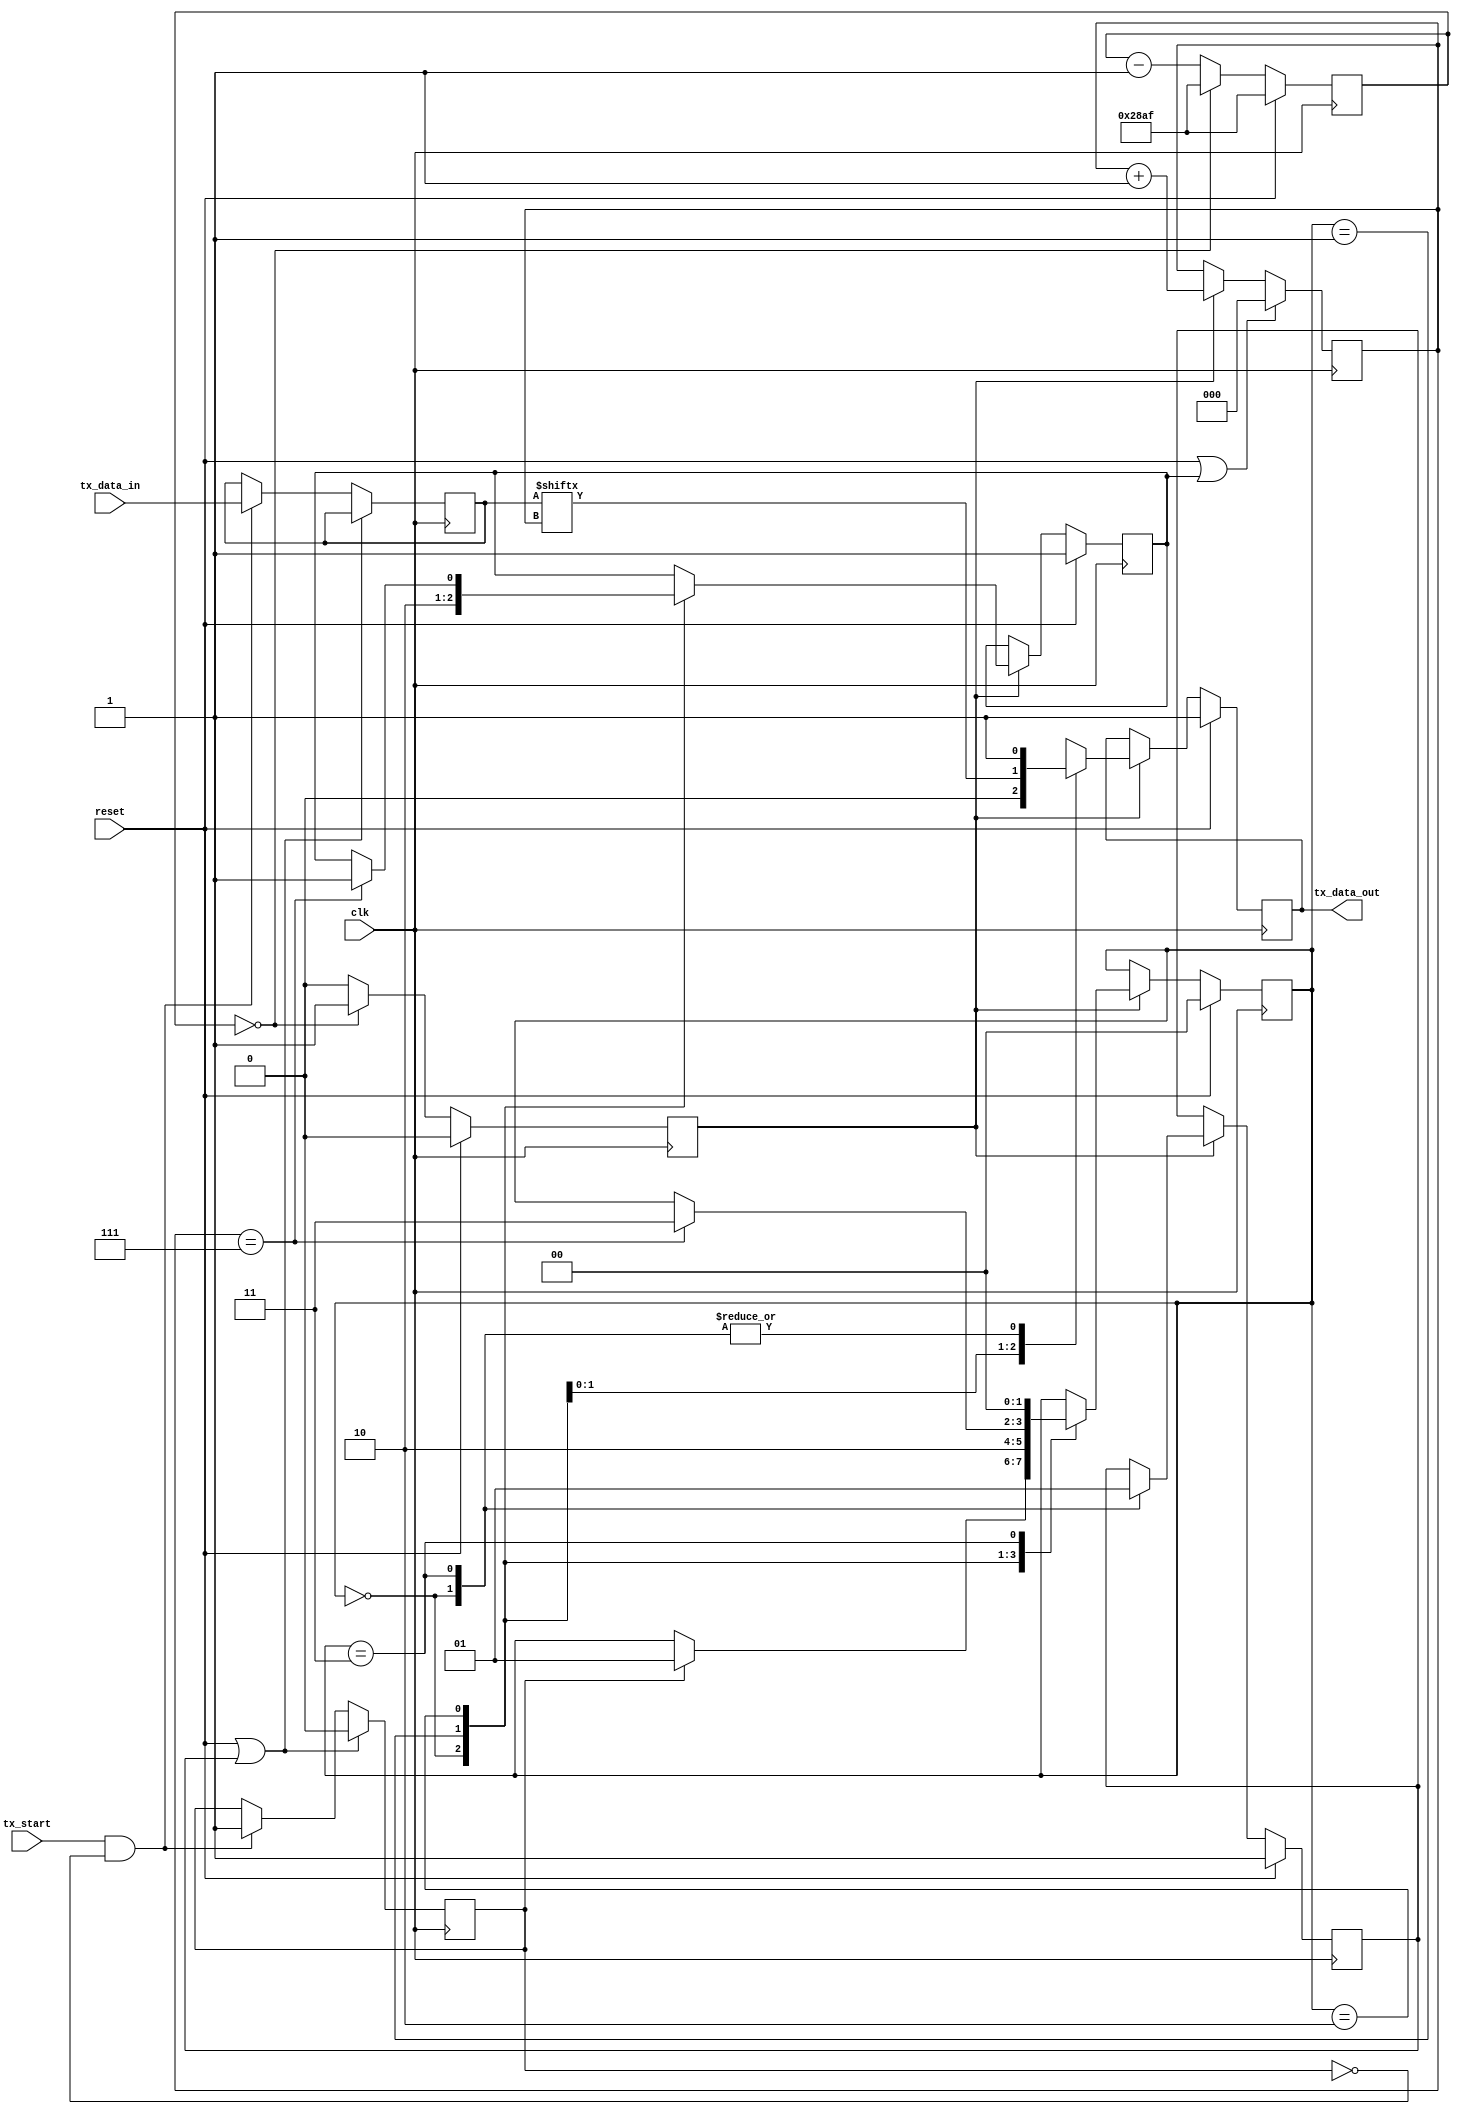
`timescale 1ns / 1ps


module UART_tx #(
    parameter CLK_DIV = 10416 //10416, 868
    ) (
    input clk,
    input reset,
    input [7:0] tx_data_in,
    input tx_start,
    output reg tx_data_out
    );

    
    
//    wire rst;
//    assign rst = ~reset;
    
    reg [$clog2(CLK_DIV)+2:0] counter = CLK_DIV-1 ;
    reg baud_rate=0;
    reg start_rst = 0;
    reg start_detected = 0;
    reg [7:0] stored_data=8'b00000000;
    reg [2:0] data_index = 0;
    reg data_index_rst = 1;
    
    //baud clk generator
    always @(posedge clk)
    begin
        if(reset) 
            begin
            counter <= (CLK_DIV -1);
            baud_rate <= 0;
            end
        else if(counter == 0) 
            begin
            counter <= (CLK_DIV -1);
            baud_rate <= 1;
            end
        else 
        begin
            counter <= counter -1;
            baud_rate <= 0;
            end
    end
    
    //tx_start detector
    always @(posedge clk)
    begin
        if(reset || start_rst)
            begin
            start_detected <=0;
            end
        else if(tx_start==1 && start_detected==0)
            begin
            start_detected <=1;
            stored_data <= tx_data_in;
            end
    end
    
          
    //data index counter
    always @(posedge clk)
    begin
        if(reset || data_index_rst)
            data_index <=0;
        else if(baud_rate==1)
            data_index <= data_index + 1;
    end
      
    localparam IDLE = 2'b00, START = 2'b01, DATA = 2'b10, STOP = 2'b11;
    reg [1:0] present_state=0;
//    reg [1:0] next_state=0;

    always @(posedge clk)
    begin
    if(reset)
        begin
        present_state <= 2'b00;
        data_index_rst <= 1;
        start_rst <= 1;
        tx_data_out <=1;
        end
    else
        if(baud_rate)
        begin
        case(present_state)
        IDLE: begin
                data_index_rst <=1;
                start_rst <= 0;
                tx_data_out <=1;
                if(start_detected)
                begin
                present_state <= 2'b01;
                end
              end
        START: begin
                 data_index_rst <=0;
                 tx_data_out <=0;
                 present_state <= 2'b10;
               end
        DATA: begin
                tx_data_out <= stored_data[data_index];
                if(data_index == 7)
                begin
                data_index_rst <=1;
                present_state <= 2'b11;
                end
              end
        STOP: begin
                tx_data_out <=1;
                start_rst <= 1;
                present_state <= 2'b00;
              end  
        default:  present_state <= 2'b00;
        endcase
        end
    end
    
endmodule